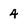
Character: 4